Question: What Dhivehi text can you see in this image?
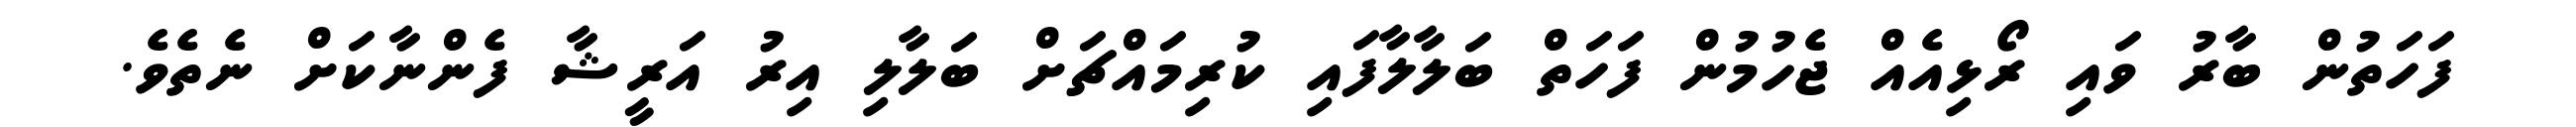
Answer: ފަހަތުން ބާރު ވައި ރޯޅިއެއް ޖެހުމުން ފަހަތް ބަލާލާފައި ކުރިމައްޗަށް ބަލާލި އިރު އަރީޝާ ފެންނާކަށް ނެތެވެ.